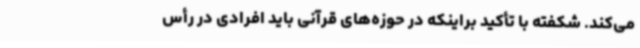
می‌کند. شکفته با تأکید براینکه در حوزه‌های قرآنی باید افرادی در رأس